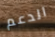
الدعم